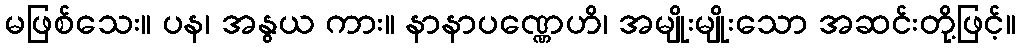
မဖြစ်သေး။ ပန၊ အနွယ ကား။ နာနာပဏ္ဏေဟိ၊ အမျိုးမျိုးသော အဆင်းတို့ဖြင့်။